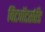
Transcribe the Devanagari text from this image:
विटवॉटर्सरँड